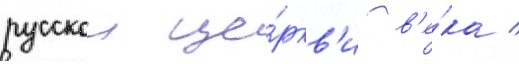
русскои це́ркв'и в'е́ка /